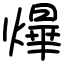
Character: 㷸